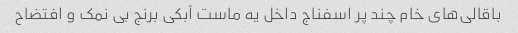
باقالی‌های خام چند پر اسفناج داخل یه ماست آبکی برنج بی نمک و افتضاح